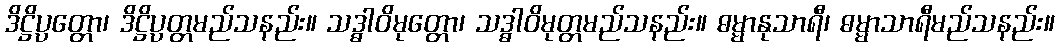
ဒိဋ္ဌိပ္ပတ္တော၊ ဒိဋ္ဌိပ္ပတ္တမည်သနည်း။ သဒ္ဓါဝိမုတ္တော၊ သဒ္ဓါဝိမုတ္တမည်သနည်း။ ဓမ္မာနုသာရီ၊ ဓမ္မာသာရီမည်သနည်း။